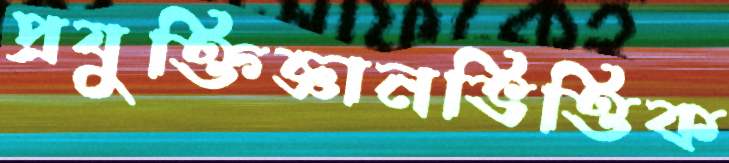
প্রযুক্তিজ্ঞানভিত্তিক